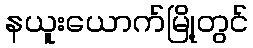
နယူးယောက်မြို့တွင်